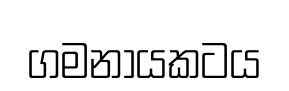
ගමනායකටය